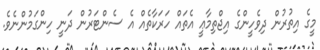
މީގެ އިތުރުން ދިވެހީންގެ އިޖްތިމާޢީ އެތައް ހަރަކާތެއް އެ ސެންޓަރުން ދަނީ ހިންގަމުންނެވެ.